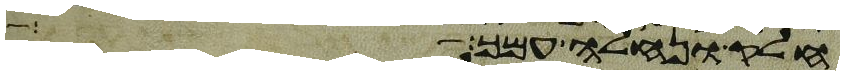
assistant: חלק ונחלה עמך